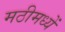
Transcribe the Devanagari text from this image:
मठीमध्यें